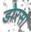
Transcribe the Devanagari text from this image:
डोरसा